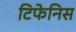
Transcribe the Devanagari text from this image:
टिफेनिस